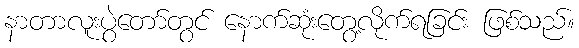
နာတာလူးပွဲတော်တွင် နောက်ဆုံးတွေ့လိုက်ရခြင်း ဖြစ်သည်။